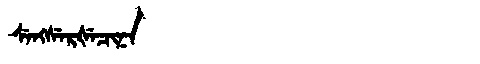
Manchu: ᠰᡝᠩᠰᡝᡵᡧᡝᠴᡳᠨᠠ
Romanization: SENGSERŠECINA